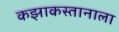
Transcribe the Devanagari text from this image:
कझाकस्तानाला